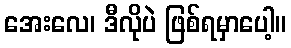
အေးလေ၊ ဒီလိုပဲ ဖြစ်ရမှာပေါ့။